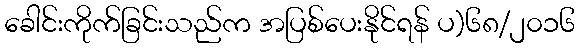
ခေါင်းကိုက်ခြင်းသည်က အပြစ်ပေးနိုင်ရန် ပ)၆၈/၂၀၁၆